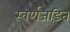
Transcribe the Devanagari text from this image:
स्‍वर्णजड़ित